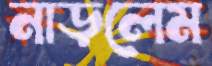
নাড়লেম